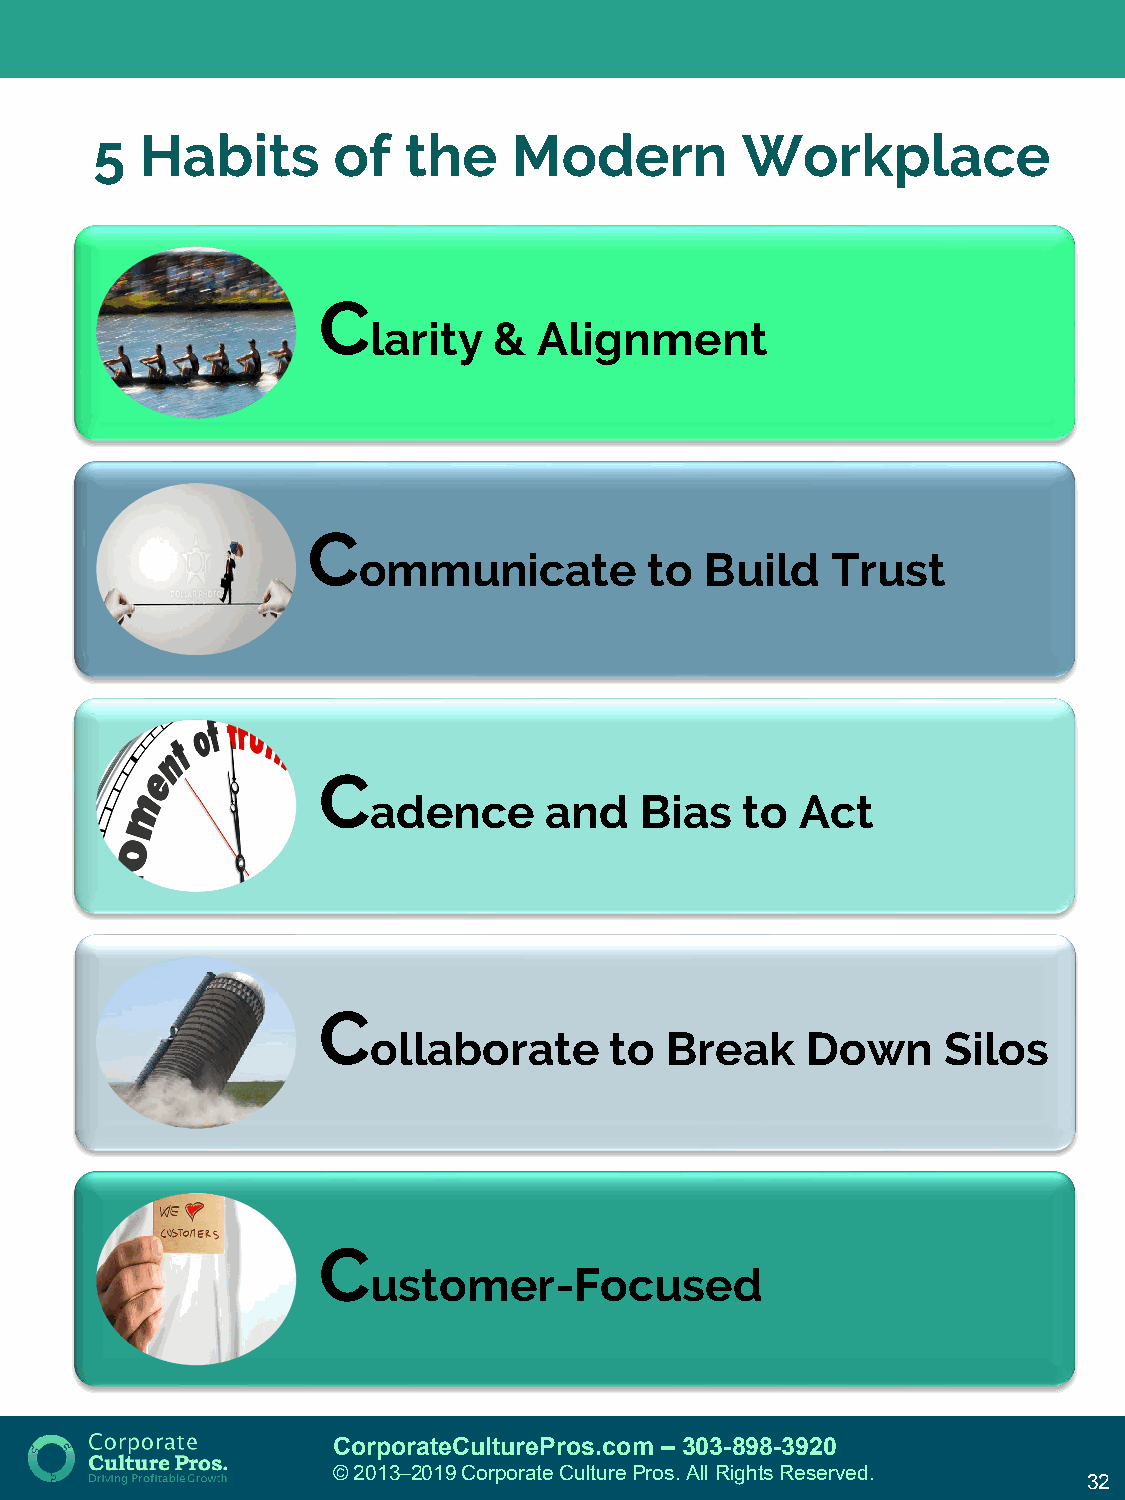
5  Habits       of   the    Modern         Workplace
 C
 larity  &  Alignment
 C
 ommunicate         to  Build   Trust
 C
 adence     and   Bias   to  Act
 C
 ollaborate     to  Break    Down     Silos
 C
 ustomer-Focused
 CorporateCulturePros.com – 303-898-3920
 © 2013─2019 Corporate Culture Pros. All Rights Reserved.
 32